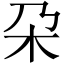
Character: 朶